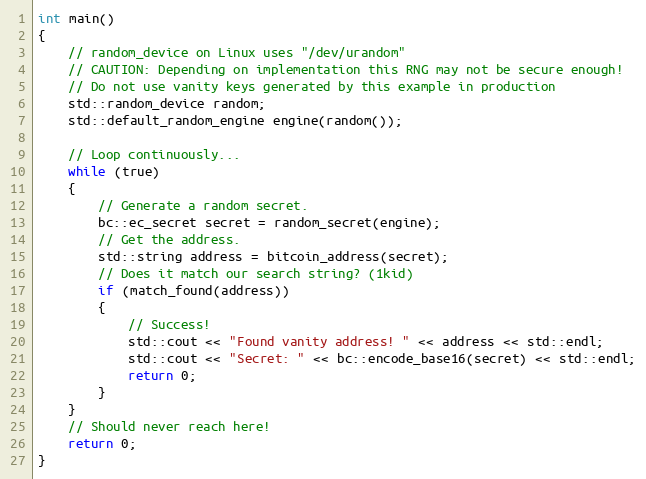
Language: C++
int main()
{
    // random_device on Linux uses "/dev/urandom"
    // CAUTION: Depending on implementation this RNG may not be secure enough!
    // Do not use vanity keys generated by this example in production
    std::random_device random;
    std::default_random_engine engine(random());

    // Loop continuously...
    while (true)
    {
        // Generate a random secret.
        bc::ec_secret secret = random_secret(engine);
        // Get the address.
        std::string address = bitcoin_address(secret);
        // Does it match our search string? (1kid)
        if (match_found(address))
        {
            // Success!
            std::cout << "Found vanity address! " << address << std::endl;
            std::cout << "Secret: " << bc::encode_base16(secret) << std::endl;
            return 0;
        }
    }
    // Should never reach here!
    return 0;
}